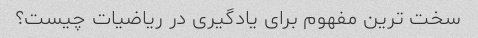
سخت ترین مفهوم برای یادگیری در ریاضیات چیست؟